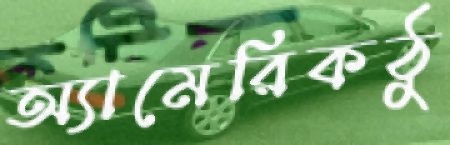
অ্যামেরিকঠু